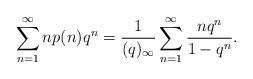
LaTeX: \begin{align*}\sum_{n=1}^{\infty}np(n)q^n&=\frac{1}{(q)_{\infty}}\sum_{n=1}^{\infty}\frac{nq^n}{1-q^n}.\end{align*}